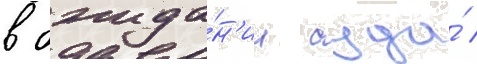
в ожида́н'ии суда́ /